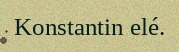
Konstantin elé.